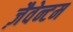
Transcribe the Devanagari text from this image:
ज़ैवेन्टम